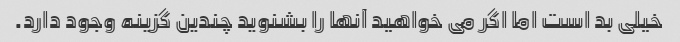
خیلی بد است اما اگر می خواهید آنها را بشنوید چندین گزینه وجود دارد.